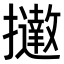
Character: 𢹗